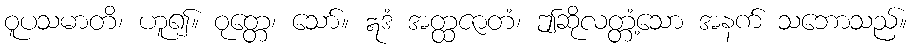
ဝူပသမာတိ၊ ဟူ၍။ ဝုတ္တေ၊ သော်။ ဣဒံ အတ္ထဇာတံ၊ ဤဆိုလတ္တံ့သော အနက် သဘောသည်။